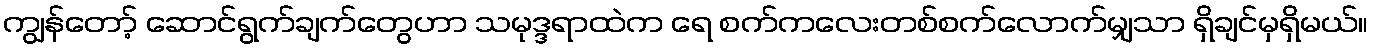
ကျွန်တော့် ဆောင်ရွက်ချက်တွေဟာ သမုဒ္ဒရာထဲက ရေ စက်ကလေးတစ်စက်လောက်မျှသာ ရှိချင်မှရှိမယ်။